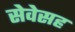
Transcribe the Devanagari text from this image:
सेवेसह